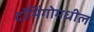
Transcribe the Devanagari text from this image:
दॉमिंगोमधील